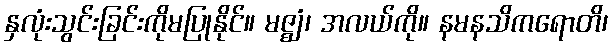
နှလုံးသွင်းခြင်းကိုမပြုနိုင်။ မဇ္ဈံ၊ အလယ်ကို။ နမနသိကရောတိ၊